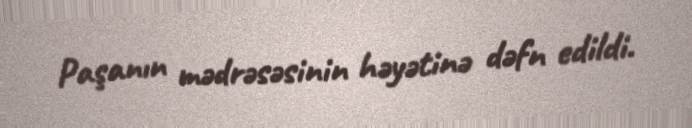
Paşanın mədrəsəsinin həyətinə dəfn edildi.